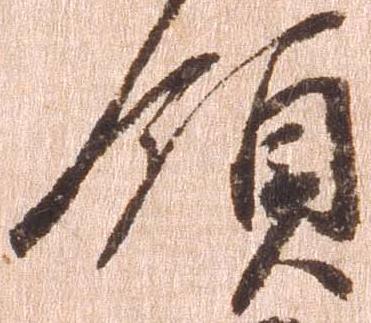
領